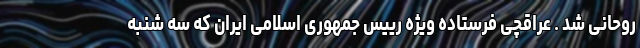
روحانی شد . عراقچی فرستاده ویژه رییس جمهوری اسلامی ایران که سه شنبه